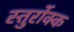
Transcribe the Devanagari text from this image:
स्तुर्रोक्क